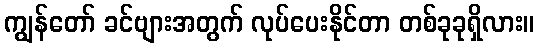
ကျွန်တော် ခင်ဗျားအတွက် လုပ်ပေးနိုင်တာ တစ်ခုခုရှိလား။